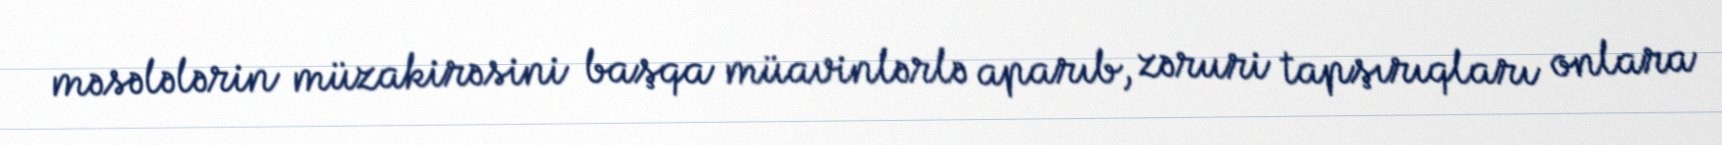
məsələlərin müzakirəsini başqa müavinlərlə aparıb, zəruri tapşırıqları onlara